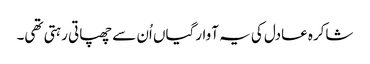
شاکرہ عادل کی یہ آوارگیاں اُن سے چھپاتی رہتی تھی۔